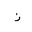
Letter: _zay